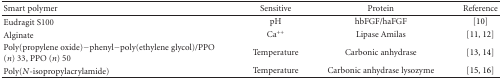
| Smart polymer | Sensitive | Protein | Reference |
 | --- | --- | --- | --- |
 | Eudragit S100 | pH | hbFGF/haFGF | [10] |
 | Alginate | Ca++ | Lipase Amilas | [11, 12] |
 | Poly(propylene oxide)−phenyl−poly(ethylene glycol)/PPO (n) 33, PPO (n) 50 | Temperature | Carbonic anhydrase | [13, 14] |
 | Poly(N-isopropylacrylamide) | Temperature | Carbonic anhydrase lysozyme | [15, 16] |